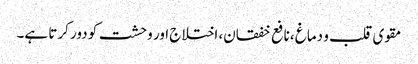
مقوی قلب و دماغ ،نافع خفقان، اختلاج اور وحشت کو دور کرتا ہے۔